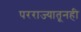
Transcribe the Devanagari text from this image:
परराज्यातूनही